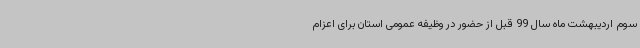
سوم اردیبهشت ماه سال 99 قبل از حضور در وظیفه عمومی استان برای اعزام